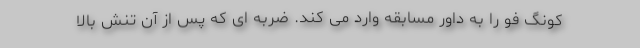
کونگ فو را به داور مسابقه وارد می کند. ضربه ای که پس از آن تنش بالا